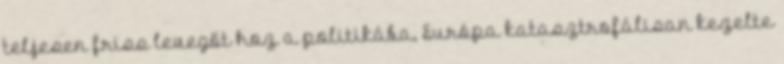
teljesen friss levegőt hoz a politikába, Európa katasztrofálisan kezelte